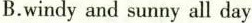
B.windy and sunny all day